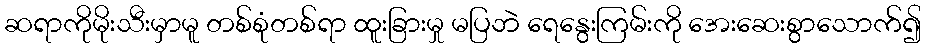
ဆရာကိုမိုးသီးမှာမူ တစ်စုံတစ်ရာ ထူးခြားမှု မပြဘဲ ရေနွေးကြမ်းကို အေးဆေးစွာသောက်၍